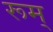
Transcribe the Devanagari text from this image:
रूम्